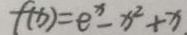
f ( x ) = e ^ { x } - x ^ { 2 } + x